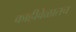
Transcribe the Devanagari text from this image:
काहीवेळातच